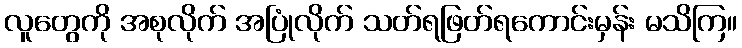
လူတွေကို အစုလိုက် အပြုံလိုက် သတ်ရဖြတ်ရကောင်းမှန်း မသိကြ။